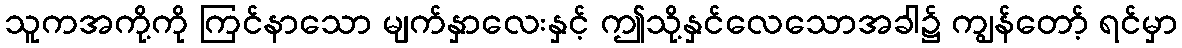
သူကအကို့ကို ကြင်နာသော မျက်နှာလေးနှင့် ဤသို့နှင်လေသောအခါ၌ ကျွန်တော့် ရင်မှာ